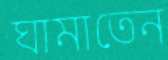
ঘামাতেন